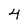
Character: 4